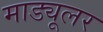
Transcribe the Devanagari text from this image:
माड्यूलर